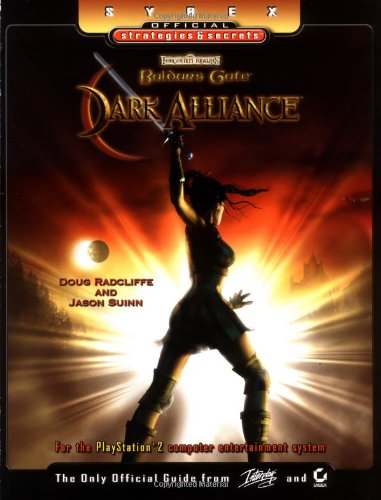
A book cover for Baldur's Gate: Dark Alliance: Sybex Official Strategies & Secrets; Doug Radcliffe; Children's Books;